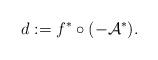
LaTeX: \begin{align*}d := f^*\circ (-\mathcal{A}^*).\end{align*}